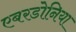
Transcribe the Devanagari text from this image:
एबरडोनिया